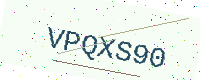
Text: VPQXS90